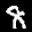
Label: 8